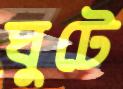
ঘুটে